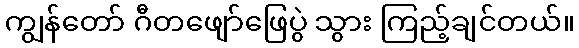
ကျွန်တော် ဂီတဖျော်ဖြေပွဲ သွား ကြည့်ချင်တယ်။